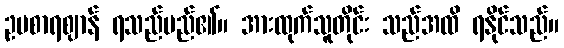
ဥပစာရဈာန် ရသည်မည်၏။ အားထုက်သူတိုင်း သည်အထိ ရနိုင်သည်။